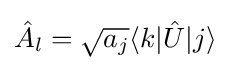
{\hat {A}}_{l}={\sqrt {a_{j}}}\langle k|{\hat {U}}|j\rangle